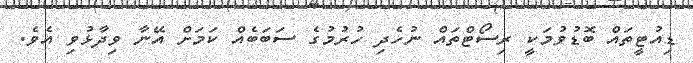
ޑިއުޓީތައް ބޮޑުވުމަކީ ރިސޯޓްތައް ނުހެދި ހުރުމުގެ ސަބަބެއް ކަމަށް އޭނާ ވިދާޅުވި އެވެ.